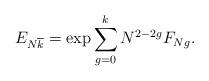
LaTeX: \begin{align*}E_{N\overline{k}} = \exp \sum_{g=0}^k N^{2-2g} F_{Ng}.\end{align*}